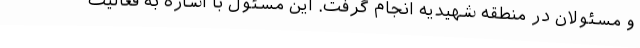
و مسئولان در منطقه شهیدیه انجام گرفت. این مسئول با اشاره به فعالیت